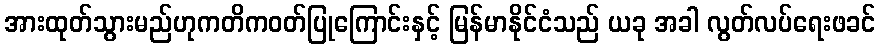
အားထုတ်သွားမည်ဟုကတိကဝတ်ပြုကြောင်းနှင့် မြန်မာနိုင်ငံသည် ယခု အခါ လွတ်လပ်ရေးဖခင်